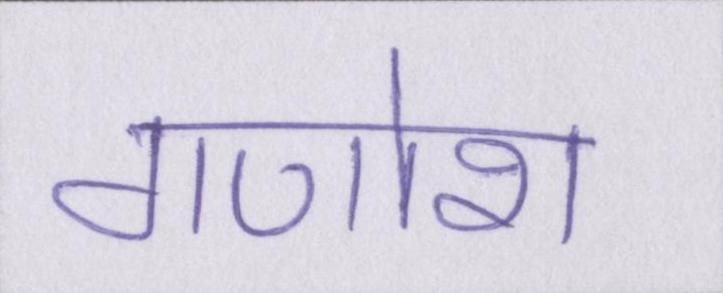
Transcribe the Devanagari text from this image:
गणोश